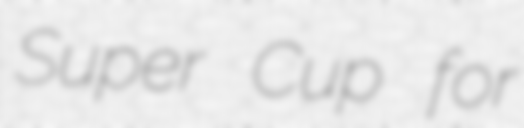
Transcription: Super Cup for